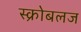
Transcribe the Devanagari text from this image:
स्क्रोबलज